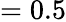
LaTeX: =0.5